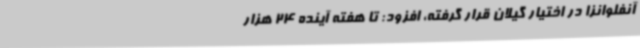
آنفلوانزا در اختیار گیلان قرار گرفته، افزود: تا هفته آینده 24 هزار